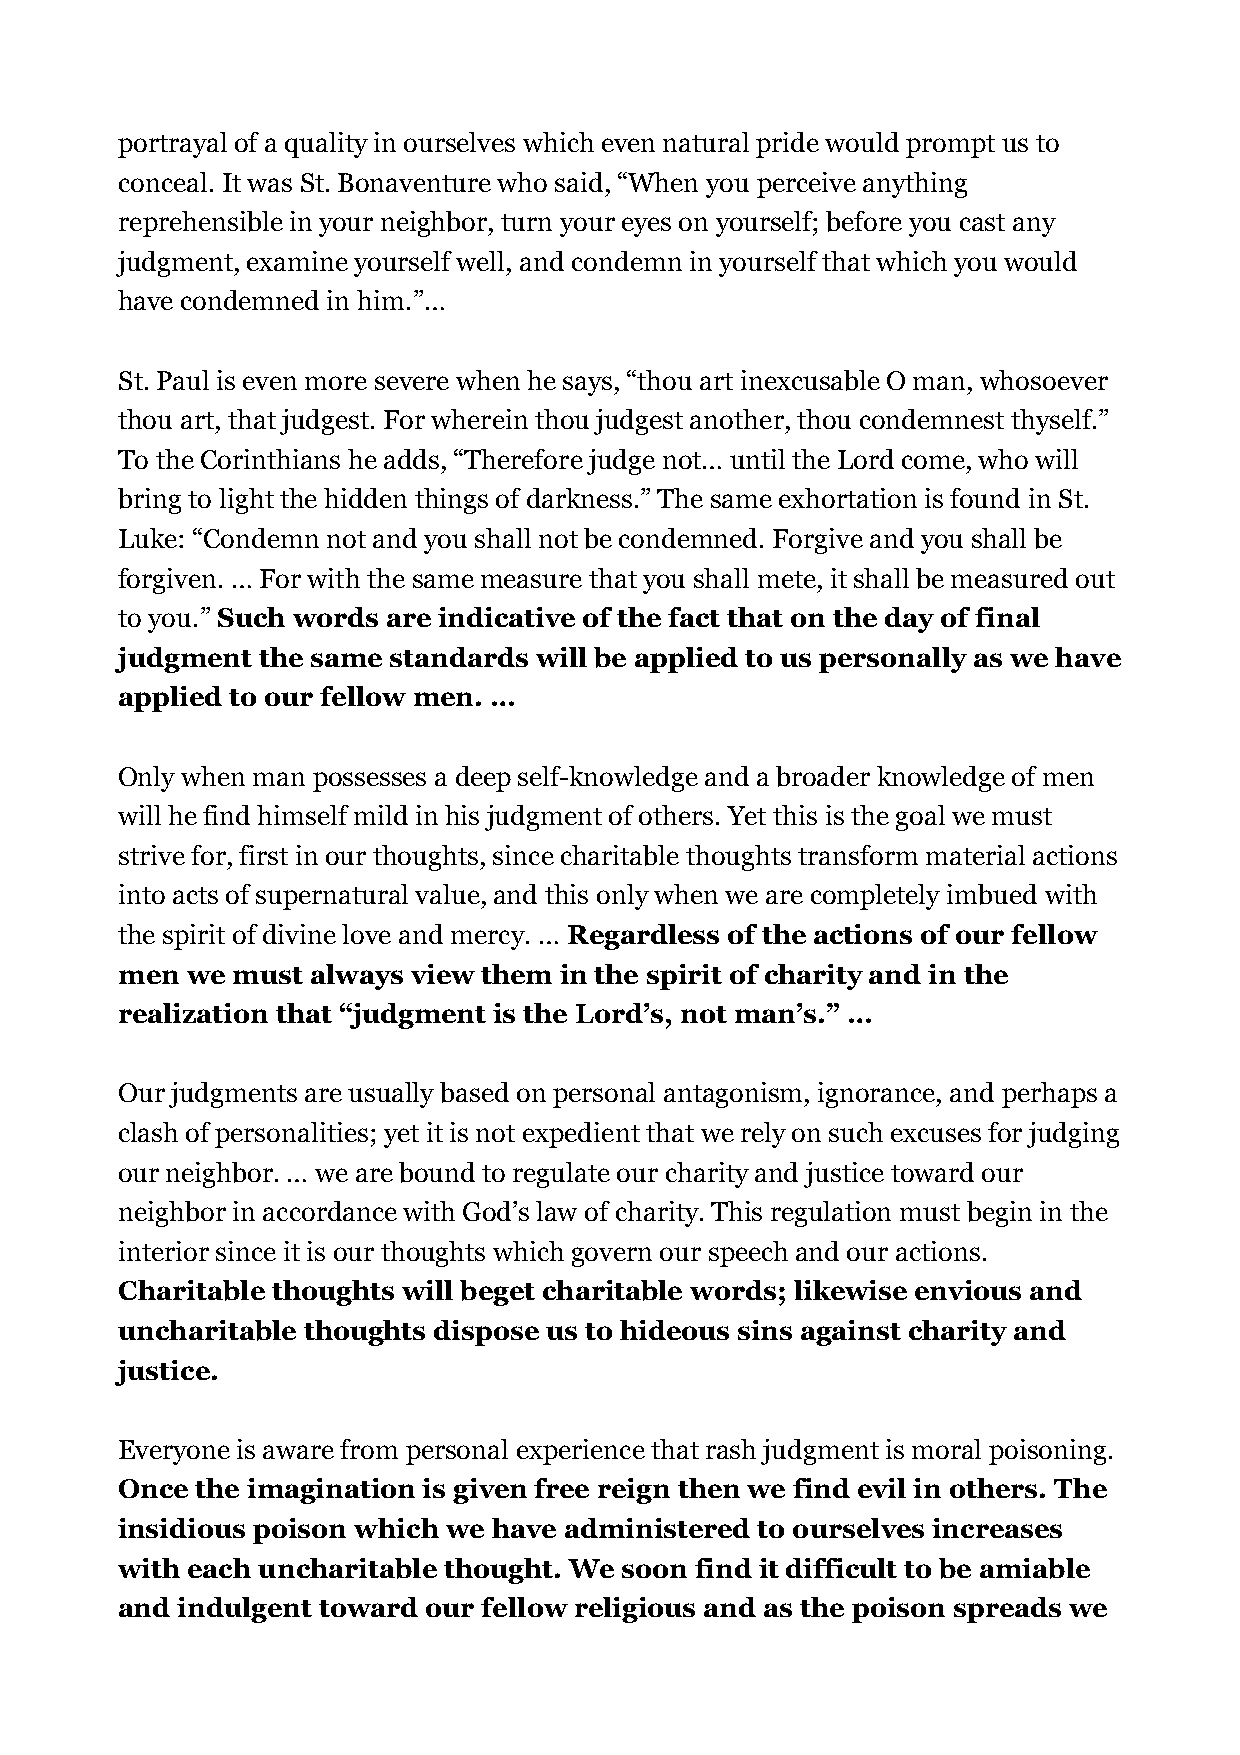
portrayal of a quality in ourselves which even natural pride would prompt us to
 conceal. It was St. Bonaventure who said, “When you perceive anything
 reprehensible in your neighbor, turn your eyes on yourself; before you cast any
 judgment, examine yourself well, and condemn in yourself that which you would
 have condemned in him.”…
 St. Paul is even more severe when he says, “thou art inexcusable O man, whosoever
 thou art, that judgest. For wherein thou judgest another, thou condemnest thyself.”
 To the Corinthians he adds, “Therefore judge not… until the Lord come, who will
 bring to light the hidden things of darkness.” The same exhortation is found in St.
 Luke: “Condemn not and you shall not be condemned. Forgive and you shall be
 forgiven. … For with the same measure that you shall mete, it shall be measured out
 to you.” Such words are indicative of the fact that on the day of final
 judgment the same standards will be applied to us personally as we have
 applied to our fellow men. …
 Only when man possesses a deep self-knowledge and a broader knowledge of men
 will he find himself mild in his judgment of others. Yet this is the goal we must
 strive for, first in our thoughts, since charitable thoughts transform material actions
 into acts of supernatural value, and this only when we are completely imbued with
 the spirit of divine love and mercy. … Regardless of the actions of our fellow
 men we must  always view them in the spirit of charity and in the
 realization that “judgment is the Lord’s, not man’s.” …
 Our judgments are usually based on personal antagonism, ignorance, and perhaps a
 clash of personalities; yet it is not expedient that we rely on such excuses for judging
 our neighbor. … we are bound to regulate our charity and justice toward our
 neighbor in accordance with God’s law of charity. This regulation must begin in the
 interior since it is our thoughts which govern our speech and our actions.
 Charitable thoughts will beget charitable words; likewise envious and
 uncharitable thoughts dispose us to hideous sins against charity and
 justice.
 Everyone is aware from personal experience that rash judgment is moral poisoning.
 Once the imagination is given free reign then we find evil in others. The
 insidious poison which we have administered to ourselves increases
 with each uncharitable thought. We soon find it difficult to be amiable
 and indulgent toward our fellow religious and as the poison spreads we